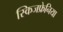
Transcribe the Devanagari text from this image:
स्किजफ्रेनिया